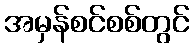
အမှန်စင်စစ်တွင်